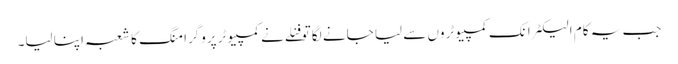
جب یہ کام الیکٹرانک کمپیوٹروں سے لیا جانے لگا تو فنلے نے کمپیوٹر پروگرامنگ کا شعبہ اپنا لیا۔